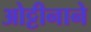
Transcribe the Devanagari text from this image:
ओट्टीनाने